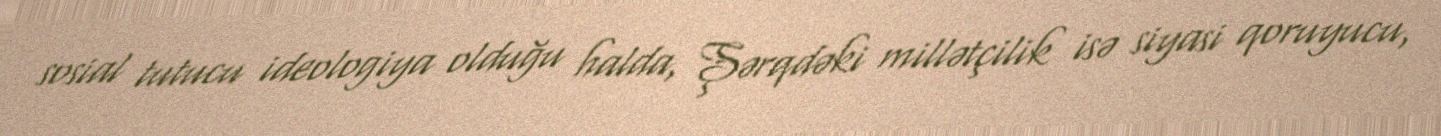
sosial tutucu ideologiya olduğu halda, Şərqdəki millətçilik isə siyasi qoruyucu,